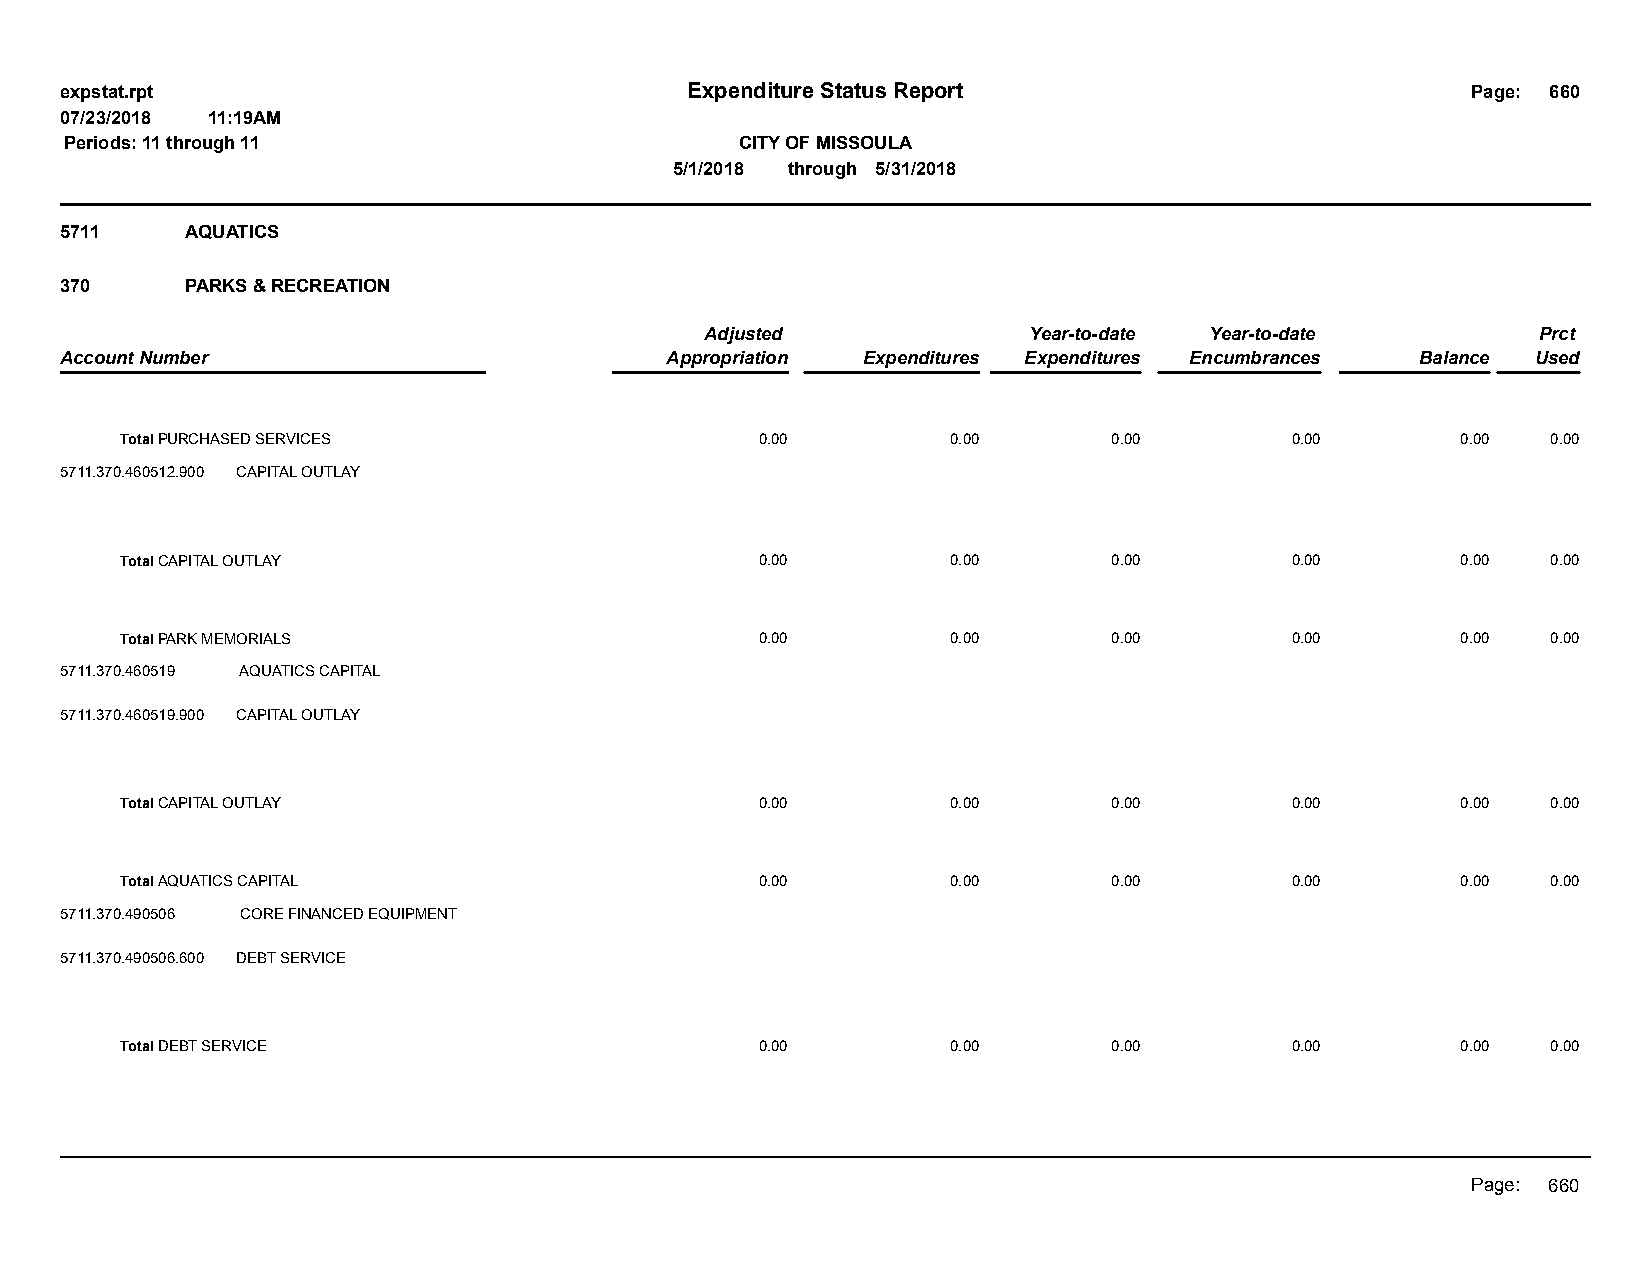
expstat.rpt                              Expenditure Status Report                           Page: 660
 07/23/2018 11:19AM
 Periods: 11 through 11                       CITY OF MISSOULA
 5/1/2018 through 5/31/2018
 5711    AQUATICS
 370     PARKS & RECREATION
 Adjusted             Year-to-date Year-to-date         Prct
 Account Number                          Appropriation Expenditures Expenditures Encumbrances Balance Used
 Total PURCHASED SERVICES                  0.00         0.00       0.00       0.00        0.00  0.00
 5711.370.460512.900 CAPITAL OUTLAY
 Total CAPITAL OUTLAY                      0.00         0.00       0.00       0.00        0.00  0.00
 Total PARK MEMORIALS                      0.00         0.00       0.00       0.00        0.00  0.00
 5711.370.460519 AQUATICS CAPITAL
 5711.370.460519.900 CAPITAL OUTLAY
 Total CAPITAL OUTLAY                      0.00         0.00       0.00       0.00        0.00  0.00
 Total AQUATICS CAPITAL                    0.00         0.00       0.00       0.00        0.00  0.00
 5711.370.490506 CORE FINANCED EQUIPMENT
 5711.370.490506.600 DEBT SERVICE
 Total DEBT SERVICE                        0.00         0.00       0.00       0.00        0.00  0.00
 Page: 660